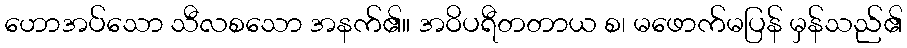
ဟောအပ်သော သီလစသော အနက်၏။ အဝိပရီတတာယ စ၊ မဖောက်မပြန် မှန်သည်၏